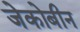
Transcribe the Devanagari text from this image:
जेकोबीन